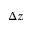
\Delta z